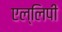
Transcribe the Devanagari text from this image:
एल्लिपी